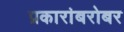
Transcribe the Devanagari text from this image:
प्रकारांबरोबर